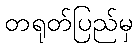
တရုတ်ပြည်မှ